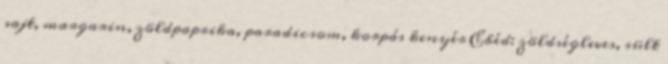
sajt, margarin, zöldpaprika, paradicsom, korpás kenyér Ebéd: zöldségleves, sült